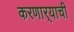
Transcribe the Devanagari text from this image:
करणार्‍याची